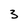
Character: 3